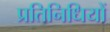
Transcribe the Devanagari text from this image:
प्रतिनिधियों